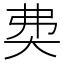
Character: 𡘉